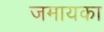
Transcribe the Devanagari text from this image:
जमायका